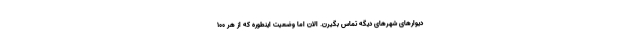
دیوارهای شهرهای دیگه تماس بگیرن. الان اما وضعیت اینطوره که از هر ۱۰۰